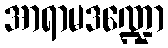
အာရာမဒဏ္ဍော